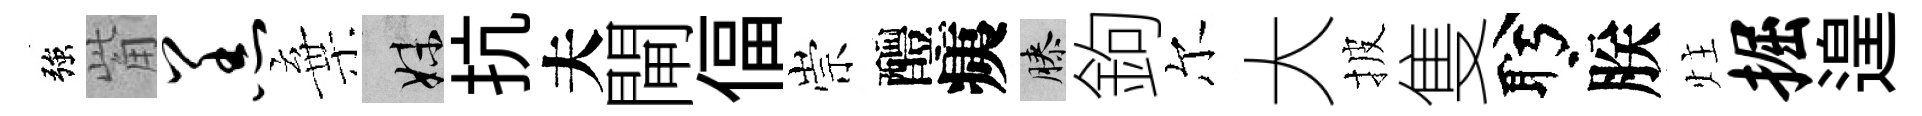
強觜羔棄妹抗夫閘偪崇醴痍膝鉤尔大披隻盻朕炷掘遑